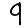
Digit: 9